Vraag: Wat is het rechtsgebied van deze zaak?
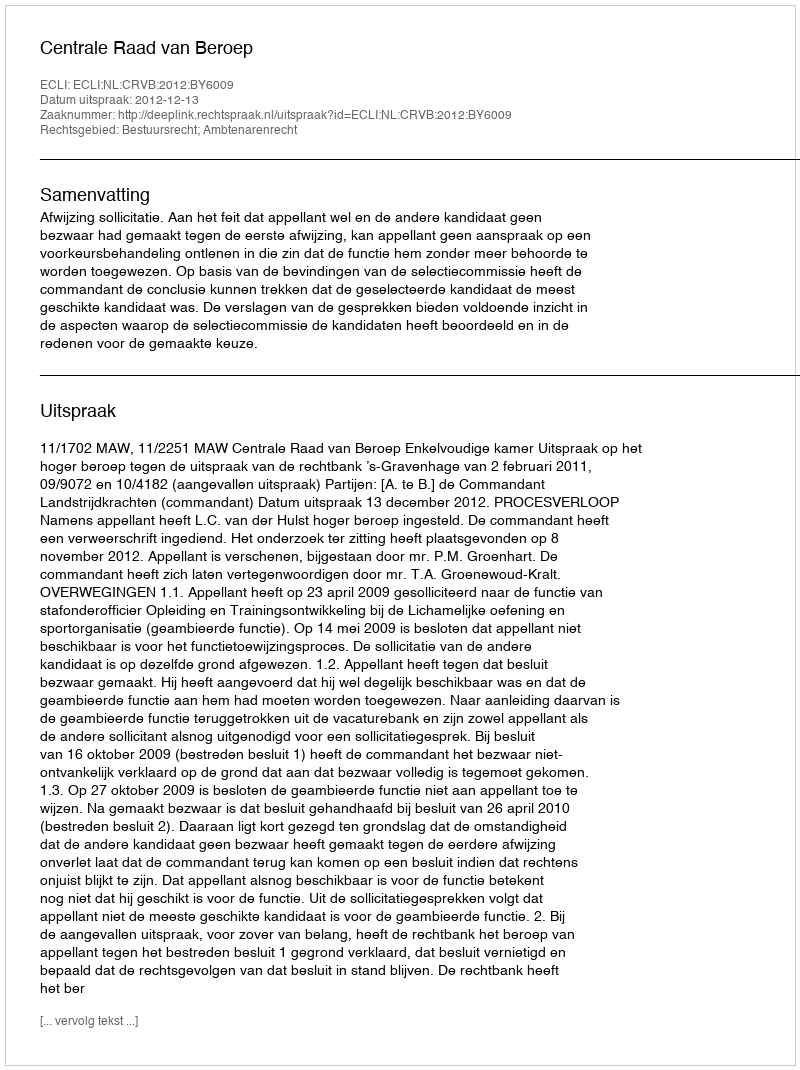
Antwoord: Bestuursrecht; Ambtenarenrecht